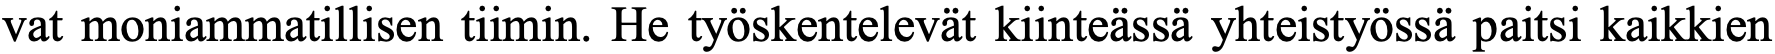
vat moniammatillisen tiimin. He työskentelevät kiinteässä yhteistyössä paitsi kaikkien